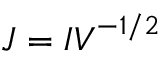
\boldsymbol { J } = \boldsymbol { I } \boldsymbol { V } ^ { - 1 / 2 }